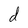
Character: d